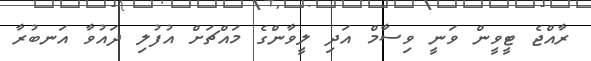
ރާއްޖެ ޓީވީން ވަނީ ވިސާމް އަދި ލީވާންގެ މައްޗަށް އުފުލި ދައުވާ އަނބުރާ